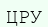
ЦРУ